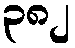
၃၈၂